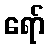
ရော်